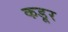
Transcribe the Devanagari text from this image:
कडूर